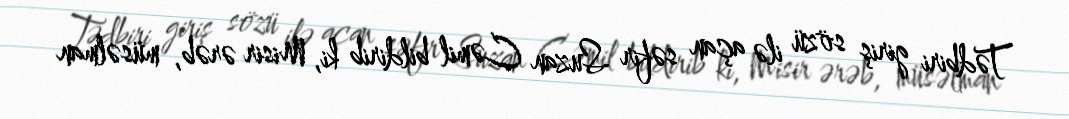
Tədbiri giriş sözü ilə açan səfir Suzan Cəmil bildirib ki, Misir ərəb, müsəlman